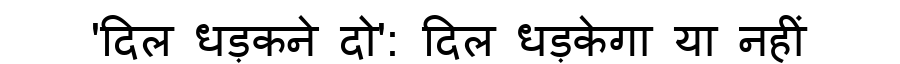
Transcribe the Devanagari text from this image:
'दिल धड़कने दो': दिल धड़केगा या नहीं